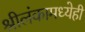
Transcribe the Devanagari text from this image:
श्रीलंकामध्येही